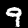
Label: 9